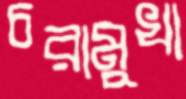
চরামুখা